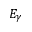
E _ { \gamma }